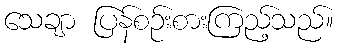
သေချာ ပြန်စဉ်းစားကြည့်သည်။